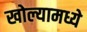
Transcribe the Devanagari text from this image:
खोल्यामध्ये